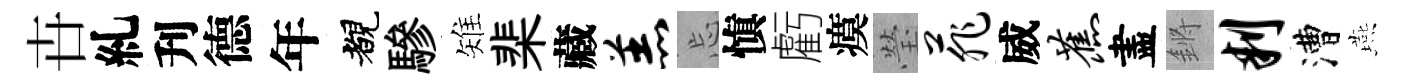
卋糺刋德年覩驂雉棐藏羔忘愼虧瘼瑩菲威蕉盡鏘判漕燕